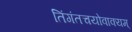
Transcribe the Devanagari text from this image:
तिंगंतचयोवाक्यम्